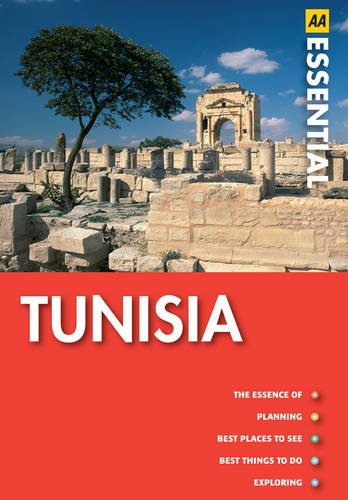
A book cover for Tunisia (AA Essential Guide); Travel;